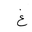
Letter: _gayn